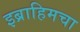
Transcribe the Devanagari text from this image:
इब्राहिमचा